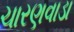
ચારણવાડા